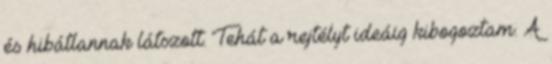
és hibátlannak látszott. Tehát a rejtélyt ideáig kibogoztam. A